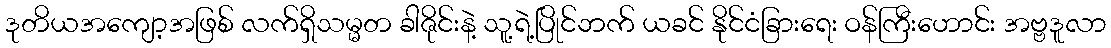
ဒုတိယအကျော့အဖြစ် လက်ရှိသမ္မတ ခါဇိုင်းနဲ့ သူ့ရဲ့ပြိုင်ဘက် ယခင် နိုင်ငံခြားရေး ဝန်ကြီးဟောင်း အဗ္ဗဒူလာ